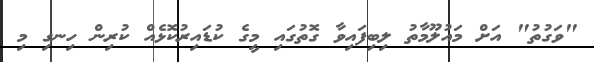
"ވަގުތު" އަށް މައުލޫމާތު ލިބިފައިވާ ގޮތުގައި މީގެ ކުޑައިރުކޮޅެއް ކުރިން ހިނގި މި